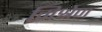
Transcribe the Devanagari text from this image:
मिश्रेण